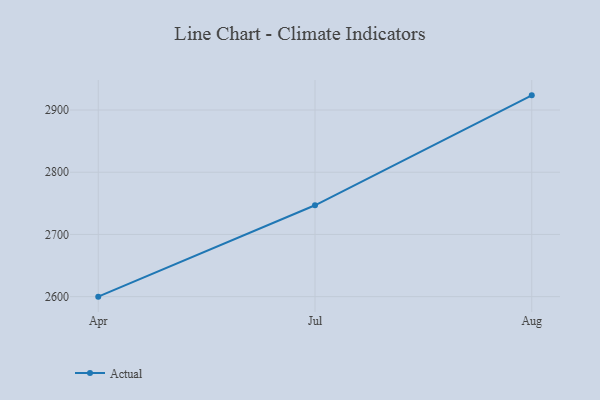
{"axis": {"x": "Month", "y": "Churn Rate (%)"}, "legend": ["Actual"], "data": [{"x": "Apr", "y": 2600.0, "type": "Actual"}, {"x": "Jul", "y": 2746.9, "type": "Actual"}, {"x": "Aug", "y": 2923.6, "type": "Actual"}]}